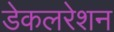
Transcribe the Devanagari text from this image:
डेकलरेशन